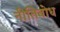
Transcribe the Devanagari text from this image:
नीतिबोध